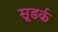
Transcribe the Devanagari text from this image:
सूडर्क